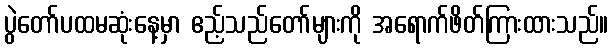
ပွဲတော်ပထမဆုံးနေ့မှာ ဧည့်သည်တော်များကို အရောက်ဖိတ်ကြားထားသည်။